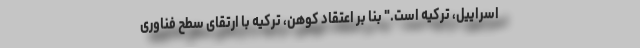
اسراییل، ترکیه است." بنا بر اعتقاد کوهن، ترکیه با ارتقای سطح فناوری